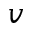
v